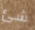
شئ